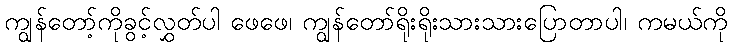
ကျွန်တော့်ကိုခွင့်လွှတ်ပါ ဖေဖေ၊ ကျွန်တော်ရိုးရိုးသားသားပြောတာပါ၊ ကမယ်ကို